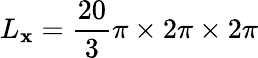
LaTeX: L_{\mathbf{x}}=\frac{20}{3}\pi\times 2\pi\times 2\pi